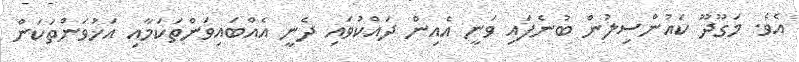
އެވެ. މަގޫދޫ ކައުންސިލުން ބުނެފައި ވަނީ އެއިން ދައްކުވައި ދެނީ އެއްބައިވަންތަކަމާއި އަޚުވަންތަކަން